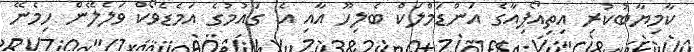
ކާމިޔާބުކުރި އިތިއޯޕިއާގެ އަންޑަމްލަކް ބެލިހޫ އާއި އެ ގައުމުގެ އަމެޑެވޯކް ވަލެލޭން ހިމެނޭ